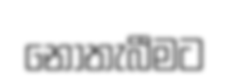
නොතැබීමට